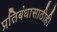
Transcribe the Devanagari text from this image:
प्रतिबंधासाठीही